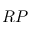
R P